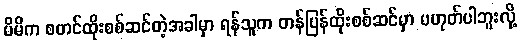
မိမိက စတင်ထိုးစစ်ဆင်တဲ့အခါမှာ ရန်သူက တန်ပြန်ထိုးစစ်ဆင်မှာ မဟုတ်ပါဘူးလို့